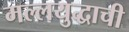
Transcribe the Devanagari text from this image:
मल्लयुद्धाची